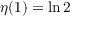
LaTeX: \! \ \eta ( 1 ) = \ln 2